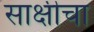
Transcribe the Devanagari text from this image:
साक्षीचा